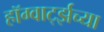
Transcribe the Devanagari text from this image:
हॉग्वार्ट्झच्या